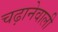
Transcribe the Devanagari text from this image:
चढ़ानेवाली